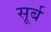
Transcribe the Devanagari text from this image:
सूर्ब